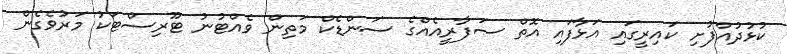
ކުޅުދުއްފުށި ކައިރީގައި އަޅާފައި އޮތް ސަފާރީއެއްގެ ސަންޑެކް މަތިން ވެއްޓުނު ޓޫރިސްޓަކު މަރުވެގެން